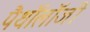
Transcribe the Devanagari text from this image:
पैथॉलॉजी